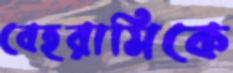
বেহরামিকে